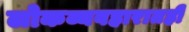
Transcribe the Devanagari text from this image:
लोकव्यवहारातही